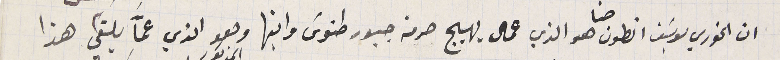
ان الخوري يوسَف انطون حنا هو الذي عمال يهيج حرمة جبور طنوسَ وابنها وهو الذي عمَّا يلقي هذا